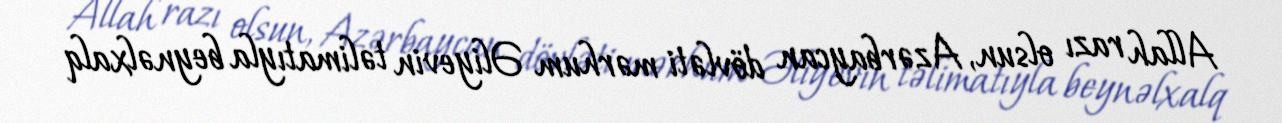
Allah razı olsun, Azərbaycan dövləti mərhum Əliyevin təlimatıyla beynəlxalq